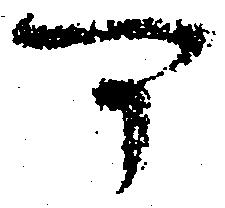
可